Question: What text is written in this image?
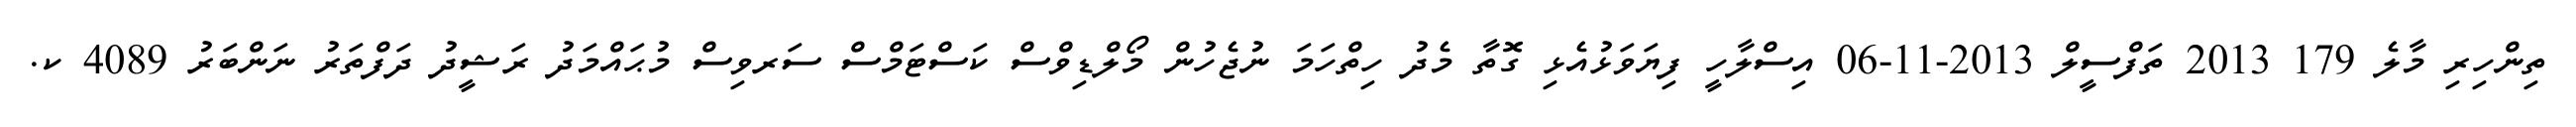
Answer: ތިންހިރި މާލެ 179 2013 ތަފްސީލް 2013-11-06 އިސްލާހީ ފިޔަވަޅުއެޅި ގޮތާ މެދު ހިތްހަމަ ނުޖެހުން މޯލްޑިވްސް ކަސްޓަމްސް ސަރވިސް މުޙައްމަދު ރަޝީދު ދަފްތަރު ނަންބަރު 4089 ކ.